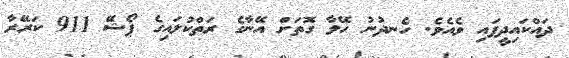
ދައްކައިދީފައި ވެއެވެ. ހެނދުނު ހޭލާ ގޮތަށް އޭނާގެ ރަތްކުލައިގެ ޕޯޝޭ 911 ކަރޭރާ